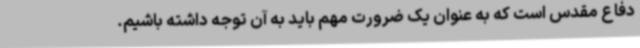
دفاع مقدس است که به عنوان یک ضرورت مهم باید به آن توجه داشته باشیم.